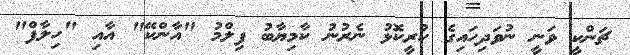
ޗަންކީ ވަނީ ނުވަދިހައިގެ ކުރީކޮޅު ނެރުނު ކާމިޔާބު ފިލްމު "އާންކޭ" އާއި "ހިލާފް"